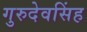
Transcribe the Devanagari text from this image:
गुरुदेवसिंह